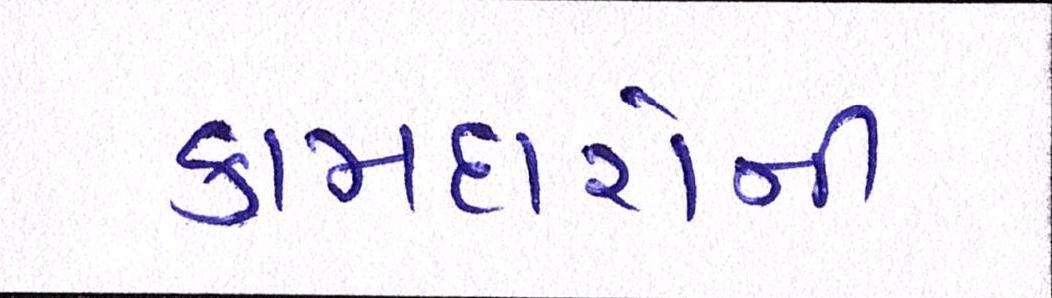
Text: કામદારોની